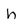
Character: h